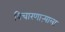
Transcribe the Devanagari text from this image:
विचारणाऱ्याला